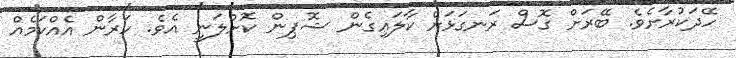
ހޭދަކުރާށެވެ. ބޭރަށް ގޮސް ރަނގަޅަށް ކާލައިގެން ޝޮޕިން ކޮށްލަނީ އެވެ. ހަރާން އެއްކަމެއް